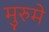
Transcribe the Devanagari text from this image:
मुरुमे